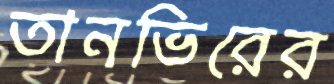
তানভিরের